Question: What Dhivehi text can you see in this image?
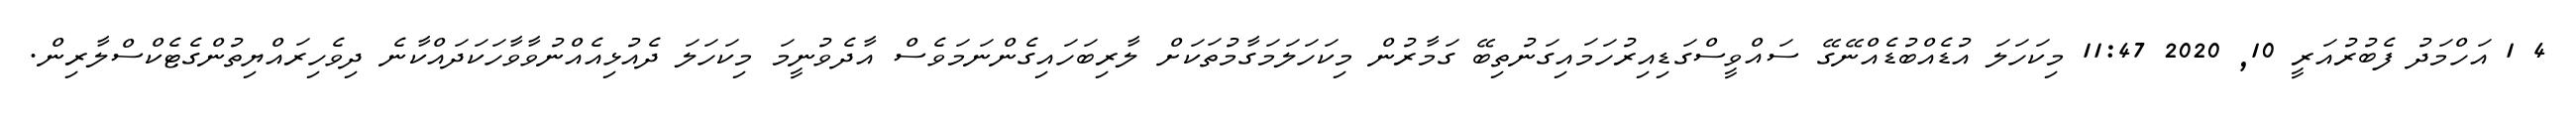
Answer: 4 1 އަހްމަދު ފެބުރުއަރީ 10, 2020 11:47 މިކަހަލަ އުޑެއްބުޑެއްނޭގޭ ސައްވީސްގަޑިއިރުހަމައިގަނުތިބޭ ގަމާރުން މިކަހަލަމަގާމުތަކަށް ލާރިބަހައިގެންނަމަވެސް އާދެވުނީމަ މިކަހަލަ ދެއުޅިއެއްނުވާވާހަކަދައްކާނެ ދިވެހިރައްޔިތުންގެޓެކްސްލާރިން.